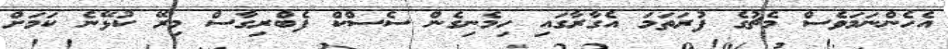
އެހެންނަމަވެސް މެޗުގެ ފުރަތަމަ އެގާރާގައި ހިމެނިގެން ސެސްކް ފެބްރިގާސް މިރޭ ކުޅޭނެ ކަމަށް